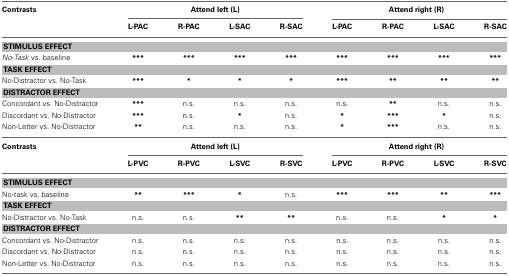
| Contrasts | <COLSPAN=4> Attend left (L) | <COLSPAN=4> Attend right (R) |
 |  | L-PAC | R-PAC | L-SAC | R-SAC | L-PAC | R-PAC | L-SAC | R-SAC |
 | --- | --- | --- | --- | --- | --- | --- | --- | --- |
 | <COLSPAN=9> STIMULUS EFFECT |
 | No-Task vs. baseline | *** | *** | *** | *** | *** | *** | *** | *** |
 | <COLSPAN=9> TASK EFFECT |
 | No-Distractor vs. No-Task | *** | * | * | * | *** | ** | ** | ** |
 | <COLSPAN=9> DISTRACTOR EFFECT |
 | Concordant vs. No-Distractor | *** | n.s. | n.s. | n.s. | n.s. | ** | n.s. | n.s. |
 | Discordant vs. No-Distractor | *** | n.s. | * | n.s. | * | *** | * | n.s. |
 | Non-Letter vs. No-Distractor | ** | n.s. | n.s. | n.s. | * | *** | n.s. | n.s. |
 | Contrasts | <COLSPAN=4> Attend left (L) | <COLSPAN=4> Attend right (R) |
 |  | L-PVC | R-PVC | L-SVC | R-SVC | L-PVC | R-PVC | L-SVC | R-SVC |
 | <COLSPAN=9> STIMULUS EFFECT |
 | No-task vs. baseline | ** | *** | * | n.s. | *** | *** | ** | *** |
 | <COLSPAN=9> TASK EFFECT |
 | No-Distractor vs. No-Task | n.s. | n.s. | ** | ** | n.s. | n.s. | * | * |
 | <COLSPAN=9> DISTRACTOR EFFECT |
 | Concordant vs. No-Distractor | n.s. | n.s. | n.s. | n.s. | n.s. | n.s. | n.s. | n.s. |
 | Discordant vs. No-Distractor | n.s. | n.s. | n.s. | n.s. | n.s. | n.s. | n.s. | n.s. |
 | Non-Letter vs. No-Distractor | n.s. | n.s. | n.s. | n.s. | n.s. | n.s. | n.s. | n.s. |